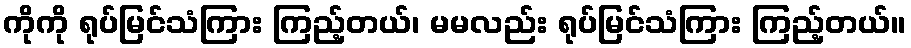
ကိုကို ရုပ်မြင်သံကြား ကြည့်တယ်၊ မမလည်း ရုပ်မြင်သံကြား ကြည့်တယ်။